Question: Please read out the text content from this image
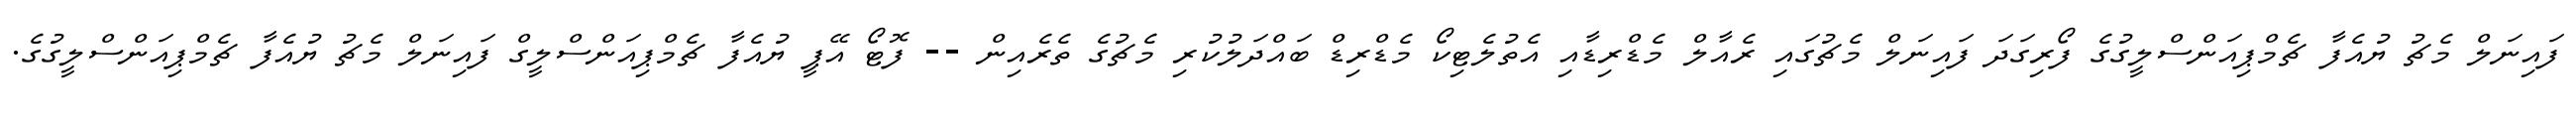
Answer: ފައިނަލް މެޗު ޔުއެފާ ޗެމްޕިއަންސްލީގުގެ ފޯރިގަދަ ފައިނަލް މެޗުގައި ރެއާލް މެޑްރިޑާއި އެތުލެޓިކޯ މެޑްރިޑް ބައްދަލުކުރި މެޗުގެ ތެރެއިން -- ފޮޓޯ އޭޕީ ޔުއެފާ ޗެމްޕިއަންސްލީގް ފައިނަލް މެޗު ޔުއެފާ ޗެމްޕިއަންސްލީގުގެ.